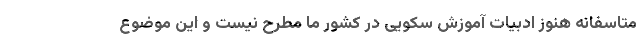
متاسفانه هنوز ادبیات آموزش سکویی در کشور ما مطرح نیست و این موضوع